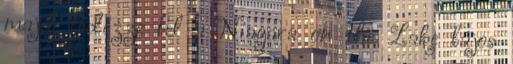
majd fedezze fel a Niagara on the Lake bájos